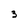
Character: 3